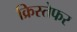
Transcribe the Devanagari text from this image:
क्रिस्तेफर